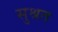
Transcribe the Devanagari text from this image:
सुश्रत